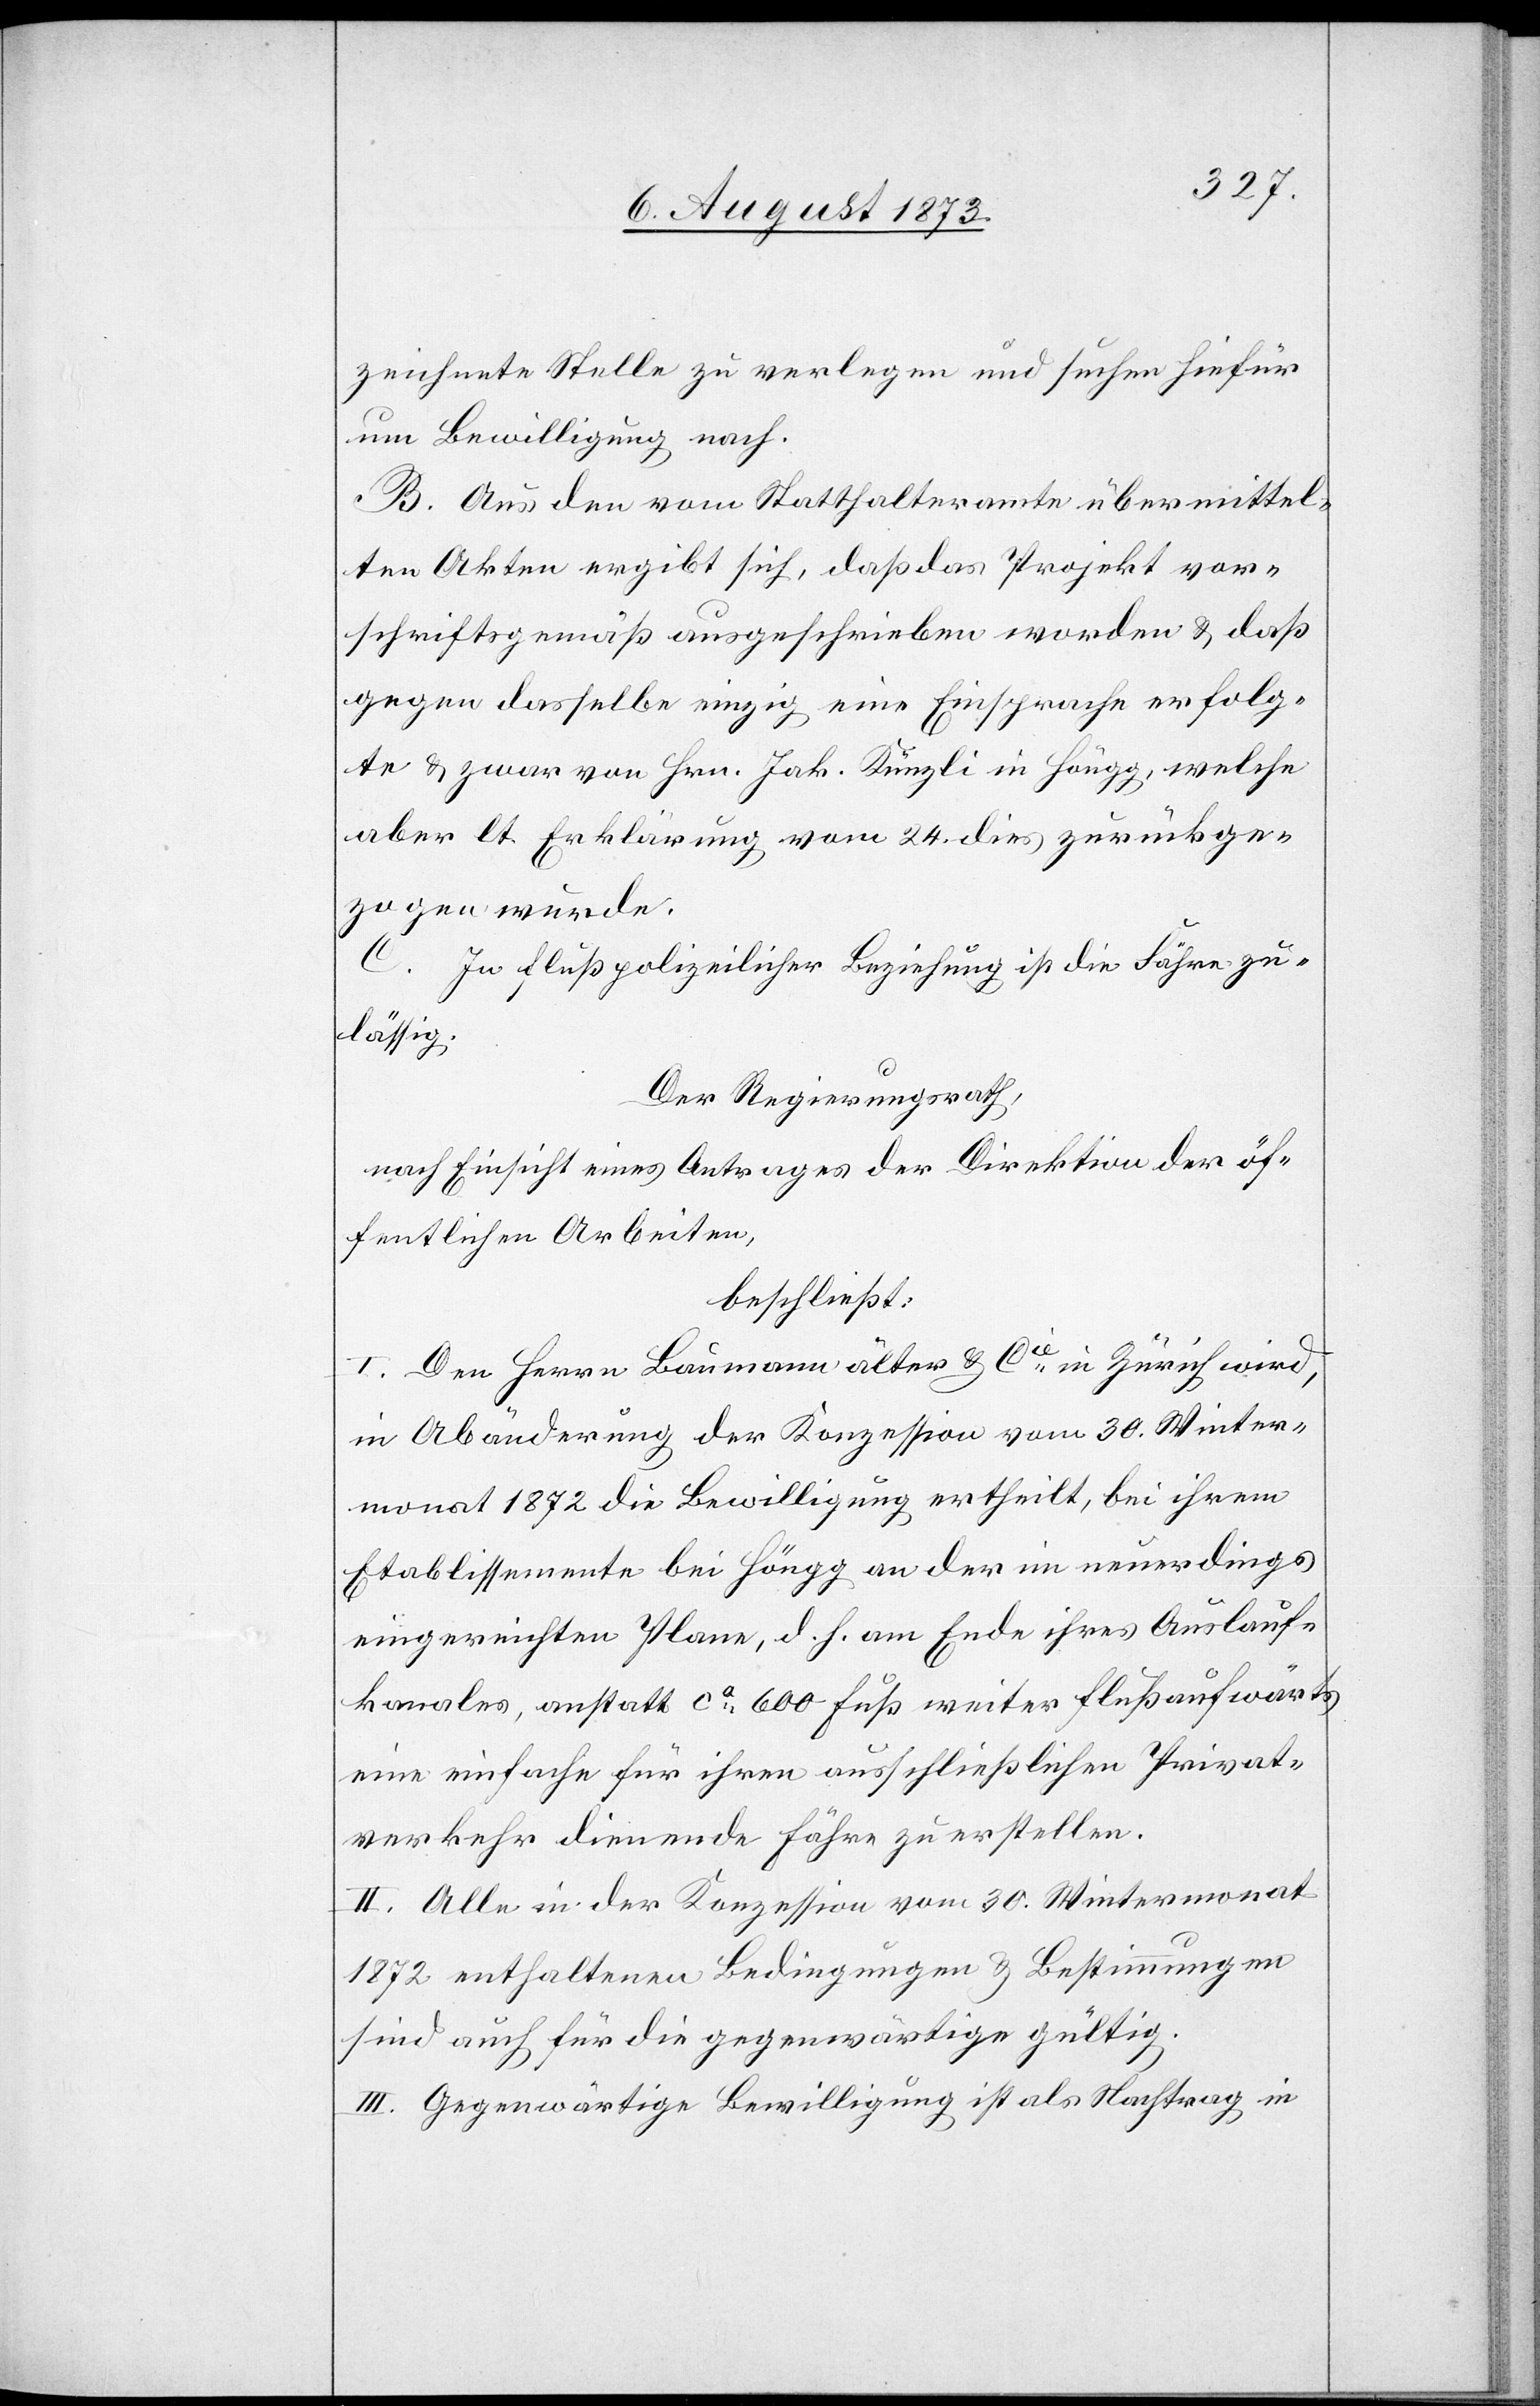
zeichnete Stelle zu verlegen und suchen hiefür
um Bewilligung nach.
B. Aus den vom Statthalteramte übermittel¬
ten Akten ergibt sich, daß das Projekt vor¬
schriftsgemäß ausgeschrieben worden & daß
gegen dasselbe einzig eine Einsprache erfolg¬
te & zwar von Hrn. Jak. Künzli in Höngg, welche
aber lt. Erklärung von 24. dies zurückge¬
zogen wurde.
C. In flußpolizeilicher Beziehung ist die Fähre zu¬
lässig.
Der Regierungsrath,
nach Einsicht eines Antrages der Direktion der öf¬
fentlichen Arbeiten,
beschließt:
I. Den Herr[e]n Baumann älter & Cie in Zürich wird,
in Abänderung der Konzession vom 30. Winter¬
monat 1872 die Bewilligung ertheilt, bei ihrem
Etablissemente bei Höngg an der im neuerdings
eingereichten Plane, d. h. am Ende ihres Auslauf¬
kanales, anstatt ca 600 Fuß weiter flußaufwärts
eine einfache für ihren ausschließlichen Privat¬
verkehr dienende Fähre zu erstellen.
II. Alle in der Konzession vom 30. Wintermonat
1872 enthaltenen Bedingungen & Bestimmungen
sind auch für die gegenwärtige gültig.
III. Gegenwärtige Bewilligung ist als Nachtrag in